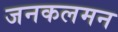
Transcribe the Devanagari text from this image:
जनकलमन